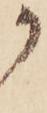
か